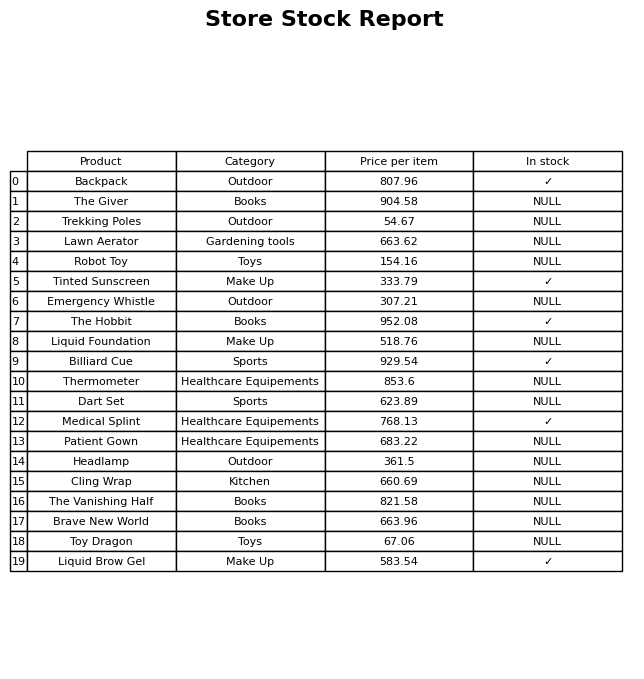
question: What is the stock status of the Toy Dragon?
answer: NULL